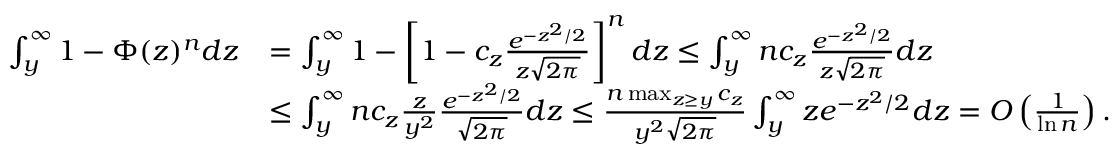
\begin{array} { r l } { \int _ { y } ^ { \infty } 1 - \Phi ( z ) ^ { n } d z } & { = \int _ { y } ^ { \infty } 1 - \left[ 1 - c _ { z } \frac { e ^ { - z ^ { 2 } / 2 } } { z \sqrt { 2 \pi } } \right] ^ { n } d z \le \int _ { y } ^ { \infty } n c _ { z } \frac { e ^ { - z ^ { 2 } / 2 } } { z \sqrt { 2 \pi } } d z } \\ & { \le \int _ { y } ^ { \infty } n c _ { z } \frac { z } { y ^ { 2 } } \frac { e ^ { - z ^ { 2 } / 2 } } { \sqrt { 2 \pi } } d z \le \frac { n \operatorname* { m a x } _ { z \ge y } c _ { z } } { y ^ { 2 } \sqrt { 2 \pi } } \int _ { y } ^ { \infty } z e ^ { - z ^ { 2 } / 2 } d z = O \left( \frac 1 { \ln n } \right) . } \end{array}